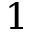
1